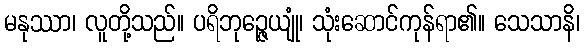
မနုဿာ၊ လူတို့သည်။ ပရိဘုဉ္ဇေယျုံ၊ သုံးဆောင်ကုန်ရာ၏။ သေသာနိ၊